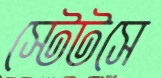
স্টেটসে